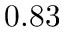
0 . 8 3